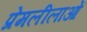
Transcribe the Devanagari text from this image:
प्रेमलीलाओं